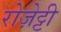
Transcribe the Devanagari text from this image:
रोज़ेट्टी